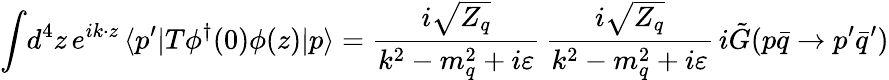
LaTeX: \int\! d^{4}z\, e^{ik\cdot z}\, \langle p^{\prime}|T\phi^{\dagger}(0)\phi(z)|p\rangle={\frac{i\sqrt{Z_{q}}}{k^{2}-m_{q}^{2}+i\varepsilon}}\, {\frac{i\sqrt{Z_{q}}}{k^{2}-m_{q}^{2}+i\varepsilon}}\, i\tilde{G}(p\bar{q}\to p^{\prime}\bar{q}^{\prime})